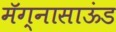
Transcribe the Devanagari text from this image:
मॅग्नासाऊंड